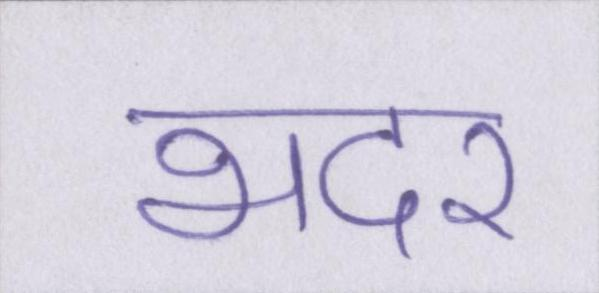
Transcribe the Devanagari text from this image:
भदर